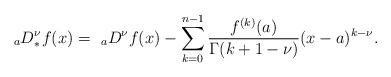
LaTeX: \begin{align*}_aD^{\nu}_*f(x)=\ _aD^{\nu} f(x)-\sum_{k=0}^{n-1}\frac{f^{(k)}(a) }{\Gamma(k+1-\nu)}(x-a)^{k-\nu}.\end{align*}